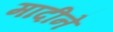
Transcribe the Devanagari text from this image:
मादीने